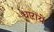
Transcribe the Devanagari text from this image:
धाऱायें